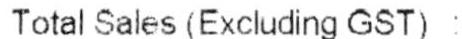
TOTAL SALES (EXCLUDING GST) :